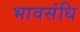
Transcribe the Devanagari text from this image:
भावसंधि